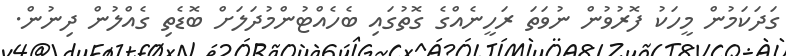
ގަދަކަމުން މީހަކު ފޮރުވުން ނުވަތަ ރަހީނެއްގެ ގޮތުގައި ބެހެއްޓުންމުދަލަށް ބޮޑެތި ގެއްލުން ދިނުން.